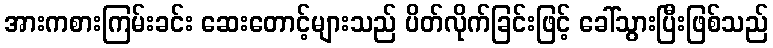
အားကစားကြမ်းခင်း ဆေးတောင့်များသည် ပိတ်လိုက်ခြင်းဖြင့် ခေါ်သွားပြီးဖြစ်သည်